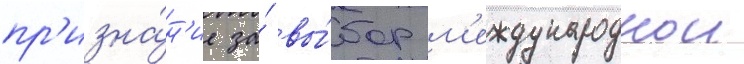
пр'изна́н'ие за́ вы́бор м'еждународнои